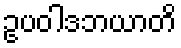
ဥပဝါဒဘယာတိ